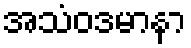
အသံဝဒမာနာ